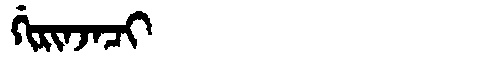
Manchu: ᡤᡳᡵᡳᠨᠵᠠᠴᡳ
Romanization: GIRINJACI